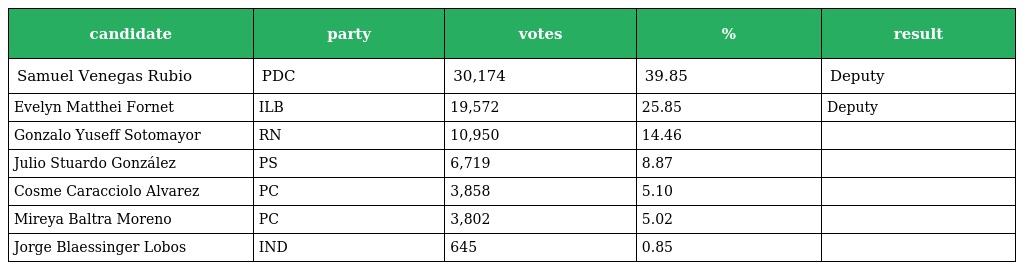
| candidate | party | votes | % | result |
 | --- | --- | --- | --- | --- |
 | Samuel Venegas Rubio | PDC | 30,174 | 39.85 | Deputy |
 | Evelyn Matthei Fornet | ILB | 19,572 | 25.85 | Deputy |
 | Gonzalo Yuseff Sotomayor | RN | 10,950 | 14.46 |  |
 | Julio Stuardo González | PS | 6,719 | 8.87 |  |
 | Cosme Caracciolo Alvarez | PC | 3,858 | 5.10 |  |
 | Mireya Baltra Moreno | PC | 3,802 | 5.02 |  |
 | Jorge Blaessinger Lobos | IND | 645 | 0.85 |  |